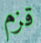
قزم